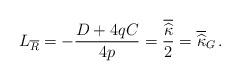
LaTeX: \begin{align*}L_{\overline{R}}=-\frac{D+4qC}{4p}=\frac{\overline{\widehat{\kappa}}}{2}=\overline{\widehat{\kappa}}_G\,.\end{align*}